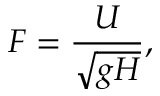
F = \frac { U } { \sqrt { g H } } ,